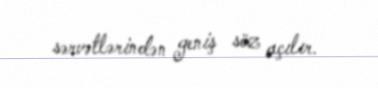
sərvətlərindən geniş söz açılır.